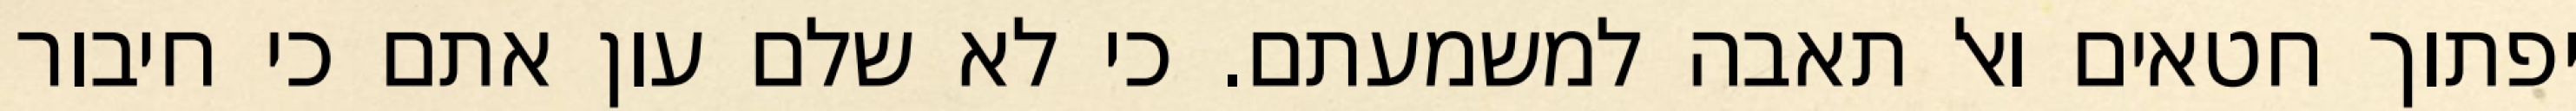
יפתוך חטאים ואל תאבה למשמעתם. כי לא שלם עון אתם כי חיבור